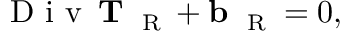
\mathrm { ~ D ~ i ~ v ~ } \, { \bf T } _ { \mathrm { ~ \tiny ~ R ~ } } + { \bf b } _ { \mathrm { ~ \tiny ~ R ~ } } = 0 ,